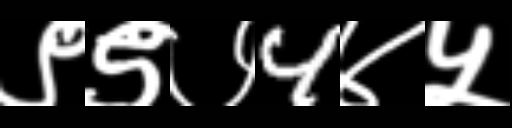
Text: ९९७4४५